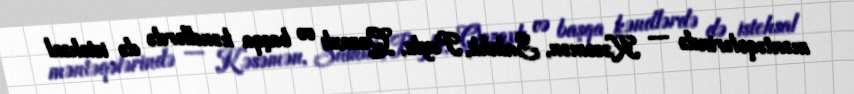
məntəqələrində — Kəsəmən, Salahlı, Poylu, Qazaxlı və başqa kəndlərdə də istehsal